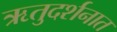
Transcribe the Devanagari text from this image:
ऋतुदर्शनात